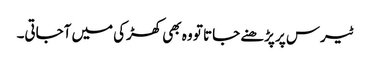
ٹیرس پر پڑھنے جاتا تو وہ بھی کھڑکی میں آجاتی۔